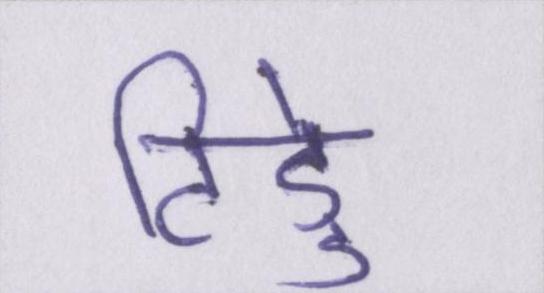
टिड्डे